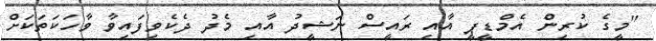
"މީގެ ކުރިން އެމްޑީޕީ އާއި ރައީސް ނަޝީދު އާއި މެދު ދެކެވިފައިވާ ވާހަކަތަކަށް